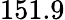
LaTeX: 151.9